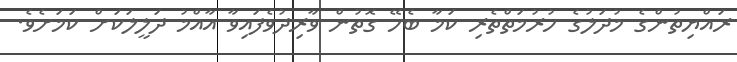
ރައްޔިތުންގެ މުދަލުގެ ހުރުމަތްތެރި ކަމާ ބެހޭ ގޮތުން ވާރިދުވެފައިވާ އާއްމު ދަލީލަކަށް ކަމަށެވެ.